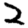
Digit: 2